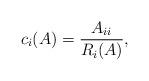
LaTeX: \begin{align*}c_i(A) = \frac{A_{ii}}{R_i(A)},\end{align*}